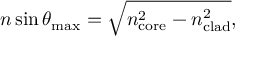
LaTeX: n \sin \theta _ { \operatorname* { m a x } } = { \sqrt { n _ { \mathrm { c o r e } } ^ { 2 } - n _ { \mathrm { c l a d } } ^ { 2 } } } ,